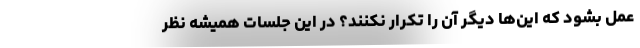
عمل بشود که این‌ها دیگر آن را تکرار نکنند؟ در این جلسات همیشه نظر